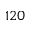
1 2 0